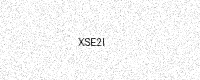
Text: XSE2I